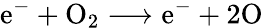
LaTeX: \mathrm{e}^{-}+\mathrm{O}_{2}\longrightarrow\mathrm{e}^{-}+2\mathrm{O}